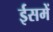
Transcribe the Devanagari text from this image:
ईसमें